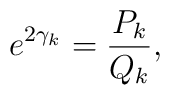
e^{2\gamma _k} = \frac {P_k}{Q_k},